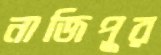
নাজিপুর